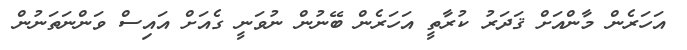
އަހަރެން މާންއަށް ޤަދަރު ކުރާތީ އަހަރެން ބޭނުން ނުވަނީ ގެއަށް އައިސް ވަންނަތަނުން